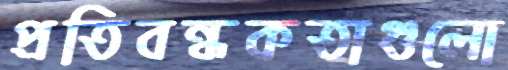
প্রতিবন্ধকতাগুলো